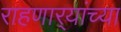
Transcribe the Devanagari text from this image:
राहणार्‍यांच्या